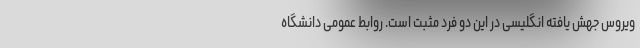
ویروس جهش یافته انگلیسی در این دو فرد مثبت است. روابط عمومی دانشگاه